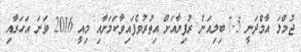
ޖުމްލަ އާމްދަނީ 7.5 ބިލިއަން ރުފިޔާއަށް އިތުރުވެފައިވާކަމަށާއި މިއީ 2016 ވަނަ އަހަރާއި